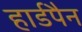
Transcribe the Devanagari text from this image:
हार्डपैन